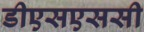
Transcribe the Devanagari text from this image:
डीएसएससी